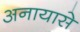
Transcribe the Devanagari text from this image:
अनायासे